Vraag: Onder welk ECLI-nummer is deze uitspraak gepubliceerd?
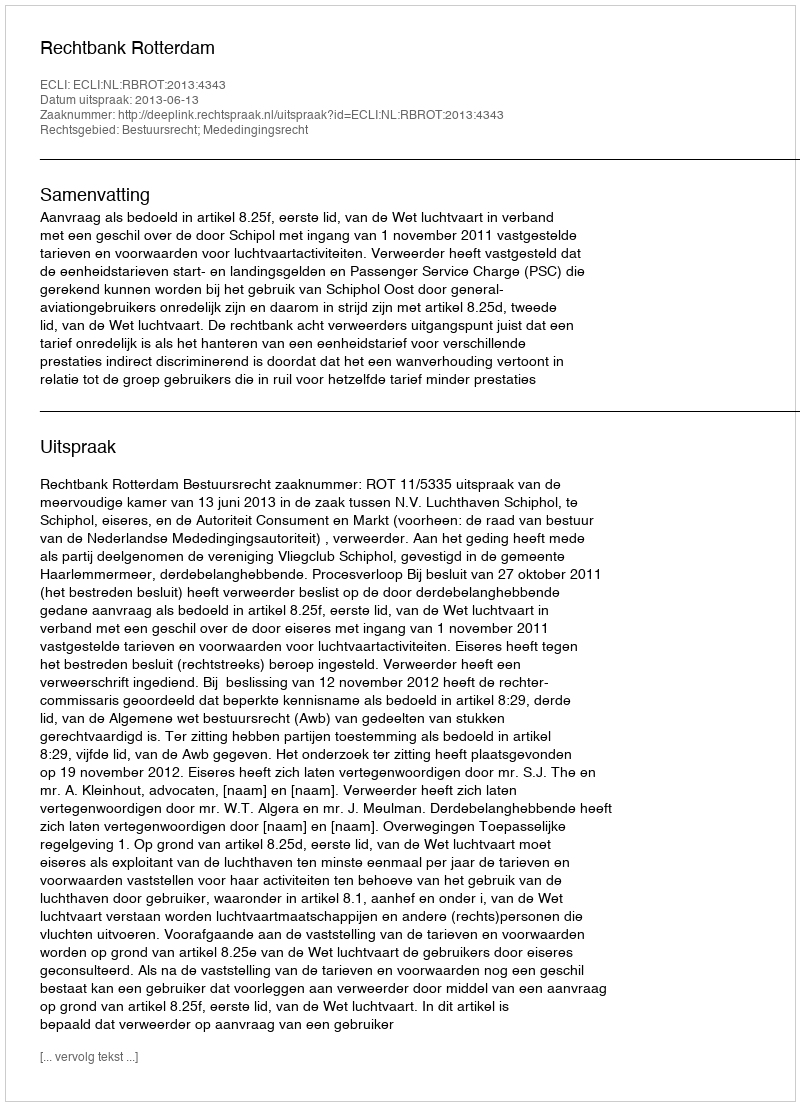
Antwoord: ECLI:NL:RBROT:2013:4343